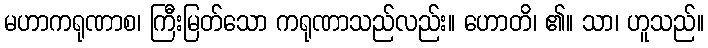
မဟာကရုဏာစ၊ ကြီးမြတ်သော ကရုဏာသည်လည်း။ ဟောတိ၊ ၏။ သာ၊ ဟူသည်။